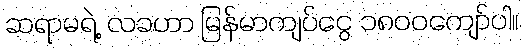
ဆရာမရဲ့ လခဟာ မြန်မာကျပ်ငွေ ၁၈၀၀ကျော်ပါ။